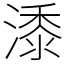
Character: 潻